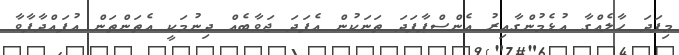
މިފަދަ ހާލެއްގާ އުޅެމުންގާއިރު އެންސްޕާފަދަ ތަނަކުން އެފަދަ ޖަވާބެއް ދިނުމަކީ އެތަންތަން އުފައްދާފާވާ